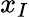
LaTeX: x_{I}